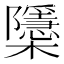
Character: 櫽